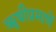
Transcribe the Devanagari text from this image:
ॠषीप्रमाणें